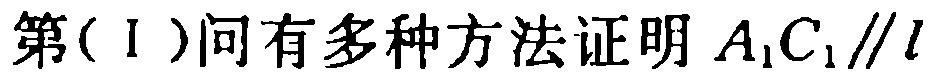
第(Ⅰ)问有多种方法证明 \(A_{1}C_{1}\parallel l\)